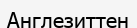
Англезиттен